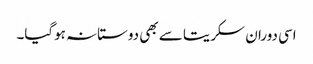
اسی دوران سکریتا سے بھی دوستانہ ہوگیا۔